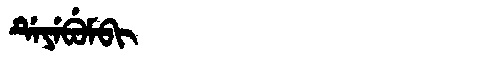
Manchu: ᡩᡝᠶᡝᠪᡠᠮᠪᡳ
Romanization: DEYEBUMBI